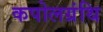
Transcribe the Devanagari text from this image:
कपोलग्रंथि